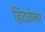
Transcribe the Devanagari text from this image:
हिंदळेकर